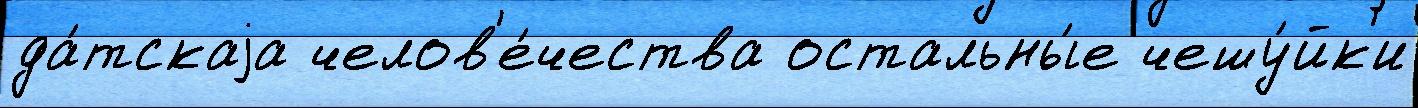
да́тскаjа челов'е́чества остальны́е чешу́йк'и